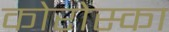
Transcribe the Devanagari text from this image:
कोरोस्का